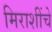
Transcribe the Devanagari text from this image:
मिराशींचे